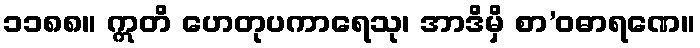
၁၁၈၈။ ဣတိ ဟေတုပကာရေသု၊ အာဒိမှိ စာ’ဝဓာရဏေ။